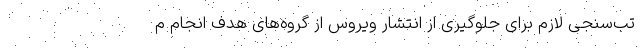
تب‌سنجی لازم برای جلوگیری از انتشار ویروس از گروه‌های هدف انجام م